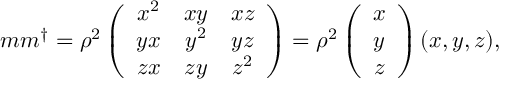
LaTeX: m m ^ { \dagger } = \rho ^ { 2 } \left( \begin{array} { c c c } { { x ^ { 2 } } } & { { x y } } & { { x z } } \\ { { y x } } & { { y ^ { 2 } } } & { { y z } } \\ { { z x } } & { { z y } } & { { z ^ { 2 } } } \end{array} \right) = \rho ^ { 2 } \left( \begin{array} { c } { { x } } \\ { { y } } \\ { { z } } \end{array} \right) ( x , y , z ) ,